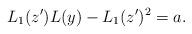
LaTeX: \begin{align*} L_1(z^\prime)L(y)-L_1(z^\prime)^2=a.\end{align*}